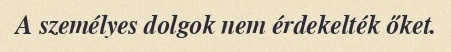
A személyes dolgok nem érdekelték őket.